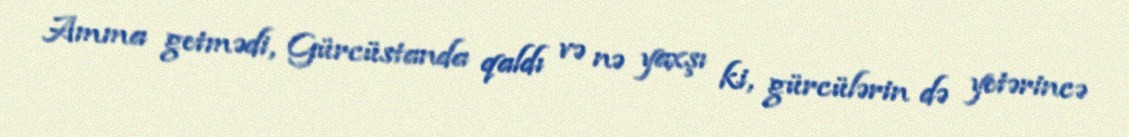
Amma getmədi, Gürcüstanda qaldı və nə yaxşı ki, gürcülərin də yetərincə